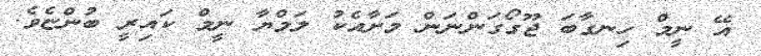
އޭ ނީމް ހިނގާބަ ޖޫގޯގަންނަން މަށާއެކު ލަމްޔާ ނީމް ކައިރީ ބުންޏެވެ.